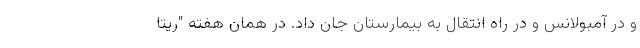
و در آمبولانس و در راه انتقال به بیمارستان جان داد. در همان هفته "ریتا